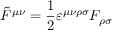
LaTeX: { \tilde { F } } ^ { \mu \nu } = { \frac { 1 } { 2 } } \varepsilon ^ { \mu \nu \rho \sigma } F _ { \rho \sigma }